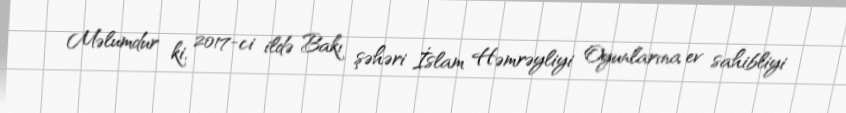
Məlumdur ki, 2017-ci ildə Bakı şəhəri İslam Həmrəyliyi Oyunlarına ev sahibliyi